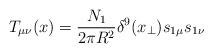
LaTeX: \begin{align*}T_{\mu\nu}(x)= {N_1\over 2\pi R^2}\delta^9(x_{\perp})s_{1\mu}s_{1\nu}\end{align*}